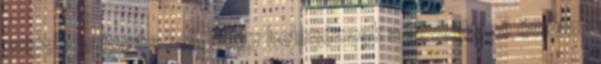
milyen pr fogás kell, hogy belenézzek a következő évadba